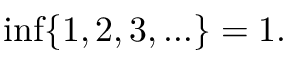
\operatorname* { i n f } \{ 1 , 2 , 3 , \ldots \} = 1 .